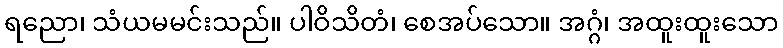
ရညော၊ သံယမမင်းသည်။ ပါဝိသိတံ၊ စေအပ်သော။ အဂ္ဂံ၊ အထူးထူးသော